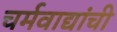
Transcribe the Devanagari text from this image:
चर्मवाद्यांची